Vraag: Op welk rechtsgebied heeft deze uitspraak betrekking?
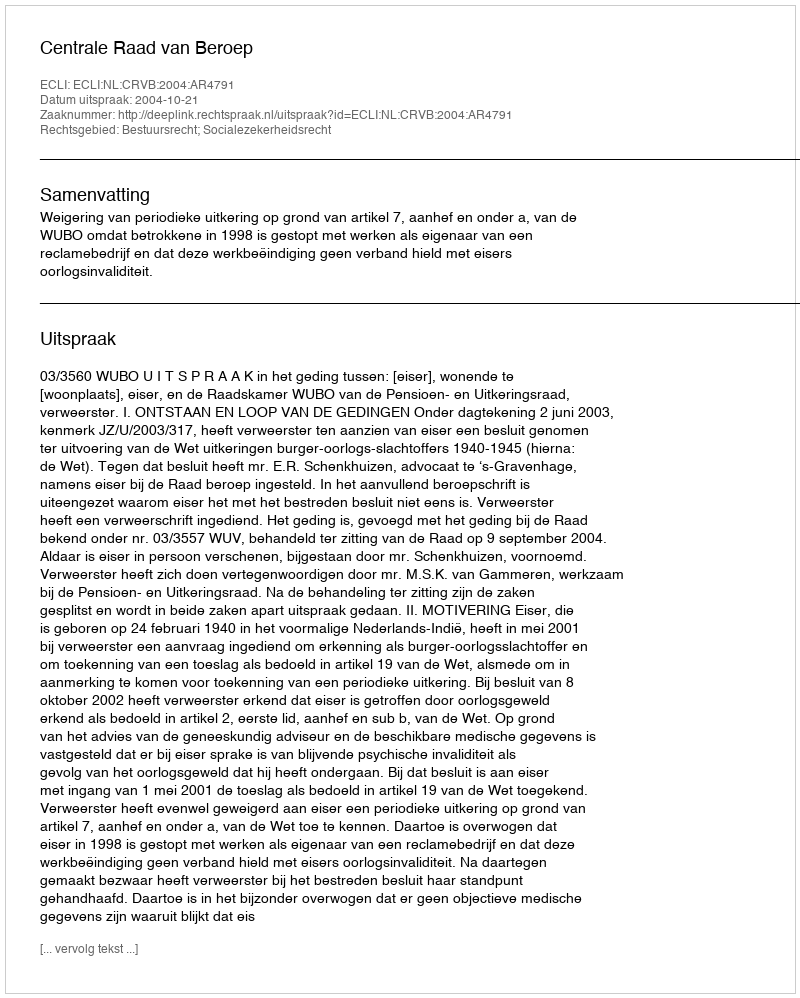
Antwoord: Bestuursrecht; Socialezekerheidsrecht